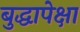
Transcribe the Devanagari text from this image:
बुद्धापेक्षा